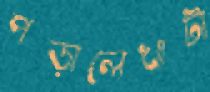
পড়ালেখাটা